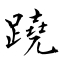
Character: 蹺